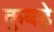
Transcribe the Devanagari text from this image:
कुबड़े